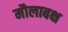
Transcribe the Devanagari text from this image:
मौलाबक्ष